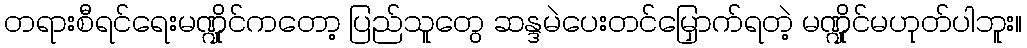
တရားစီရင်ရေးမဏ္ဍိုင်ကတော့ ပြည်သူတွေ ဆန္ဒမဲပေးတင်မြှောက်ရတဲ့ မဏ္ဍိုင်မဟုတ်ပါဘူး။